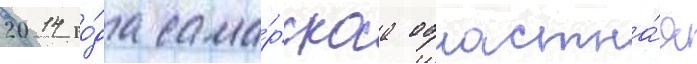
2014 го́да сама́рскаа областна́я